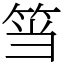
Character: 筜